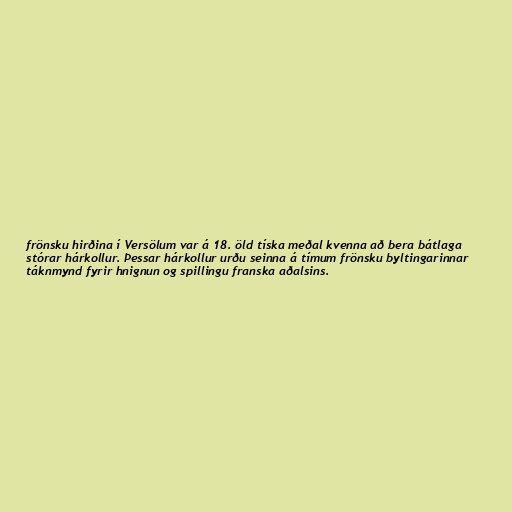
frönsku hirðina í Versölum var á 18. öld tíska meðal kvenna að bera bátlaga
stórar hárkollur. Þessar hárkollur urðu seinna á tímum frönsku byltingarinnar
táknmynd fyrir hnignun og spillingu franska aðalsins.